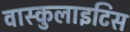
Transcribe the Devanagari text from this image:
वास्कुलाइटिस